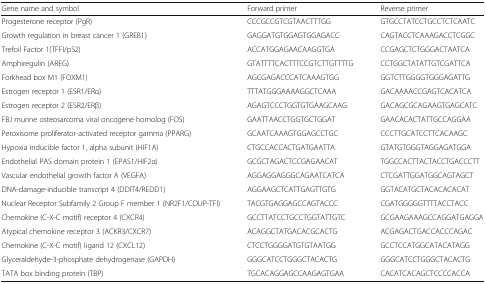
| Gene name and symbol | Forward primer | Reverse primer |
 | --- | --- | --- |
 | Progesterone receptor (PgR) | CCCGCCGTCGTAACTTTGG | GTGCCTATCCTGCCTCTCAATC |
 | Growth regulation in breast cancer 1 (GREB1) | GAGGATGTGGAGTGGAGACC | CAGTACCTCAAAGACCTCGGC |
 | Trefoil Factor 1(TFFI/pS2) | ACCATGGAGAACAAGGTGA | CCGAGCTCTGGGACTAATCA |
 | Amphiregulin (AREG) | GTATTTTCACTTTCCGTCTTGTTTTG | CCTGGCTATATTGTCGATTCA |
 | Forkhead box M1 (FOXM1) | AGCGAGACCCATCAAAGTGG | GGTCTTGGGGTGGGAGATTG |
 | Estrogen receptor 1 (ESR1/ERα) | TTTATGGGAAAAGGCTCAAA | GACAAAACCGAGTCACATCA |
 | Estrogen receptor 2 (ESR2/ERβ) | AGAGTCCCTGGTGTGAAGCAAG | GACAGCGCAGAAGTGAGCATC |
 | FBJ murine osteosarcoma viral oncogene homolog (FOS) | GAATTAACCTGGTGCTGGAT | GAACACACTATTGCCAGGAA |
 | Peroxisome proliferator-activated receptor gamma (PPARG) | GCAATCAAAGTGGAGCCTGC | CCCTTGCATCCTTCACAAGC |
 | Hypoxia inducible factor 1, alpha subunit (HIF1A) | CTGCCACCACTGATGAATTA | GTATGTGGGTAGGAGATGGA |
 | Endothelial PAS domain protein 1 (EPAS1/HIF2α) | GCGCTAGACTCCGAGAACAT | TGGCCACTTACTACCTGACCCTT |
 | Vascular endothelial growth factor A (VEGFA) | AGGAGGAGGGCAGAATCATCA | CTCGATTGGATGGCAGTAGCT |
 | DNA-damage-inducible transcript 4 (DDIT4/REDD1) | AGGAAGCTCATTGAGTTGTG | GGTACATGCTACACACACAT |
 | Nuclear Receptor Subfamily 2 Group F member 1 (NR2F1/COUP-TFI) | TACGTGAGGAGCCAGTACCC | CGATGGGGGTTTTACCTACC |
 | Chemokine (C-X-C motif) receptor 4 (CXCR4) | GCCTTATCCTGCCTGGTATTGTC | GCGAAGAAAGCCAGGATGAGGA |
 | Atypical chemokine receptor 3 (ACKR3/CXCR7) | ACAGGCTATGACACGCACTG | ACGAGACTGACCACCCAGAC |
 | Chemokine (C-X-C motif) ligand 12 (CXCL12) | CTCCTGGGGATGTGTAATGG | GCCTCCATGGCATACATAGG |
 | Glyceraldehyde-3-phosphate dehydrogenase (GAPDH) | GGGCATCCTGGGCTACACTG | GGGCATCCTGGGCTACACTG |
 | TATA box binding protein (TBP) | TGCACAGGAGCCAAGAGTGAA | CACATCACAGCTCCCCACCA |